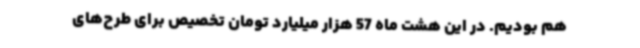
هم بودیم. در این هشت ماه 57 هزار میلیارد تومان تخصیص برای طرح‌های